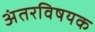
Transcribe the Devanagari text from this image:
अंतरविषयक